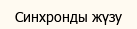
Синхронды жүзу